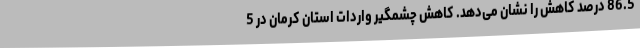
86.5 درصد کاهش را نشان می‌دهد. کاهش چشمگیر واردات استان کرمان در 5